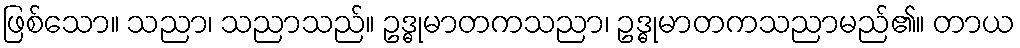
ဖြစ်သော။ သညာ၊ သညာသည်။ ဥဒ္ဓုမာတကသညာ၊ ဥဒ္ဓုမာတကသညာမည်၏။ တာယ